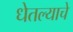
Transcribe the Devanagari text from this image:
धेतल्याचे